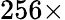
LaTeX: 256\times